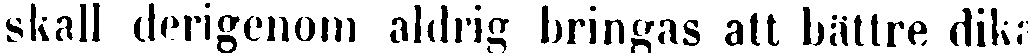
skall derigenom aldrig bringas att bättre dika